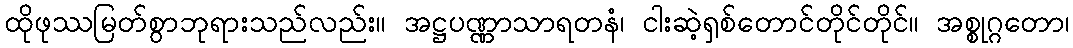
ထိုဖုဿမြတ်စွာဘုရားသည်လည်း။ အဋ္ဌပဏ္ဏာသာရတနံ၊ ငါးဆဲ့ရှစ်တောင်တိုင်တိုင်။ အစ္စုဂ္ဂတော၊